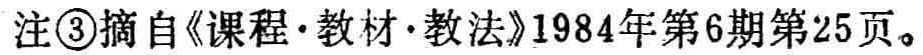
注\textcircled{3}摘自《课程\cdot 教材\cdot 教法》1984年第6期第25页。